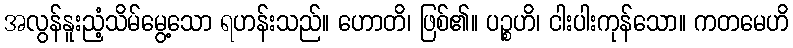
အလွန်နူးညံ့သိမ်မွေ့သော ရဟန်းသည်။ ဟောတိ၊ ဖြစ်၏။ ပဉ္စဟိ၊ ငါးပါးကုန်သော။ ကတမေဟိ